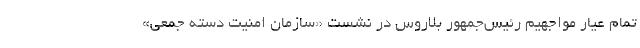
تمام عیار مواجهیم رئیس‌جمهور بلاروس در نشست «سازمان امنیت دسته جمعی»